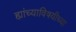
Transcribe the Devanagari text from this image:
ह्यांच्याविषयीच्या